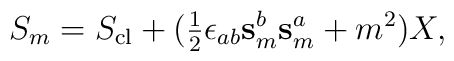
S_m = S_{\rm cl} + (\hbox{$\frac{1}{2}$} \epsilon_{ab} \mathbf{s}_m^b \mathbf{s}_m^a + m^2 ) X,